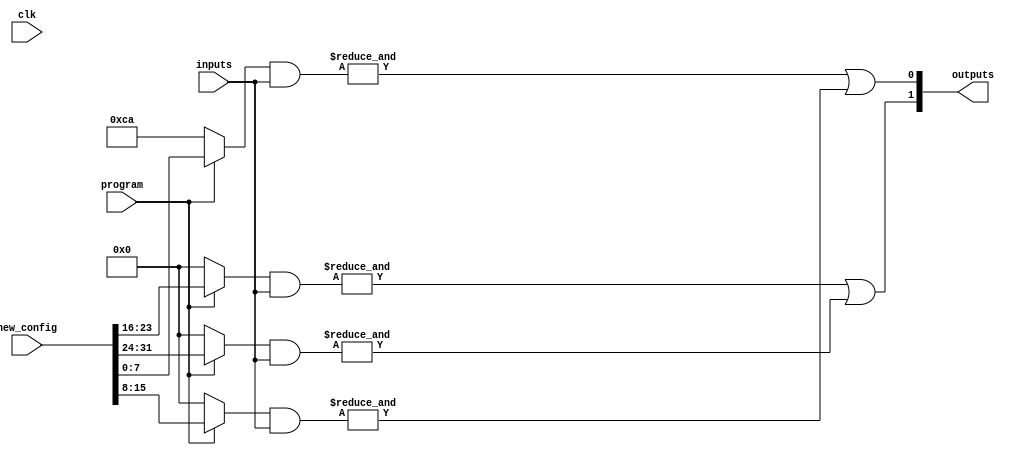
module flash_programmable_pal #(
    parameter NUM_AND_GATES = 4, // Number of programmable AND gates
    parameter NUM_OR_GATES = 2,   // Number of fixed OR gates
    parameter NUM_INPUTS = 8,     // Number of inputs
    parameter [NUM_AND_GATES*NUM_INPUTS-1:0] AND_CONFIG = 'b11001010  // Default configuration for AND gates
)(
    input wire [NUM_INPUTS-1:0] inputs,            // Inputs to the PAL
    input wire clk,                                 // Clock for programming
    input wire program,                             // Signal to trigger programming
    input wire [NUM_AND_GATES*NUM_INPUTS-1:0] new_config, // New configuration for AND gates
    output reg [NUM_OR_GATES-1:0] outputs          // Outputs of the PAL
);

// Internal signals for the AND gates
wire [NUM_AND_GATES-1:0] and_outputs;

// Programmable AND gates implementation
genvar i;
generate
    for (i = 0; i < NUM_AND_GATES; i = i + 1) begin : and_gates
        wire [NUM_INPUTS-1:0] ctrl_signals;

        // Configure AND gate based on the AND_CONFIG or new_config
        assign ctrl_signals = program ? new_config[i*NUM_INPUTS +: NUM_INPUTS] : AND_CONFIG[i*NUM_INPUTS +: NUM_INPUTS];
        assign and_outputs[i] = & (ctrl_signals & inputs); // AND gate logic
    end
endgenerate

// Fixed OR gates implementation
always @(*) begin
    outputs[0] = and_outputs[0] | and_outputs[1]; // OR gate combining outputs
    outputs[1] = and_outputs[2] | and_outputs[3]; // Another OR gate combining outputs
end

endmodule